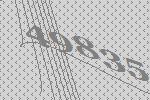
49835